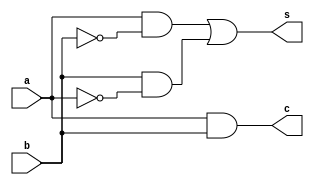
module halfadder(s, c, a, b);
    output s, c;
    input  a, b;
    wire   w1, w2, not_a, not_b;

    // the "c" output is just the AND of the two inputs
    and a1(c, a, b);

    // the "s" output is 1 only when exactly one of the inputs is 1
    not n1(not_a, a);
    not n2(not_b, b);
    and a2(w1, a, not_b);
    and a3(w2, b, not_a);
    or  o1(s, w1, w2);
endmodule